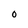
Character: 0